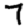
Digit: 7